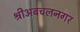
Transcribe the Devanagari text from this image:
श्रीअबचलनगर